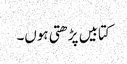
کتابیں پڑھتی ہوں۔